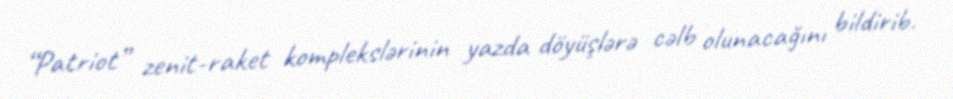
“Patriot” zenit-raket komplekslərinin yazda döyüşlərə cəlb olunacağını bildirib.